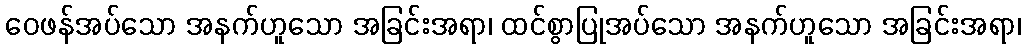
ဝေဖန်အပ်သော အနက်ဟူသော အခြင်းအရာ၊ ထင်စွာပြုအပ်သော အနက်ဟူသော အခြင်းအရာ၊